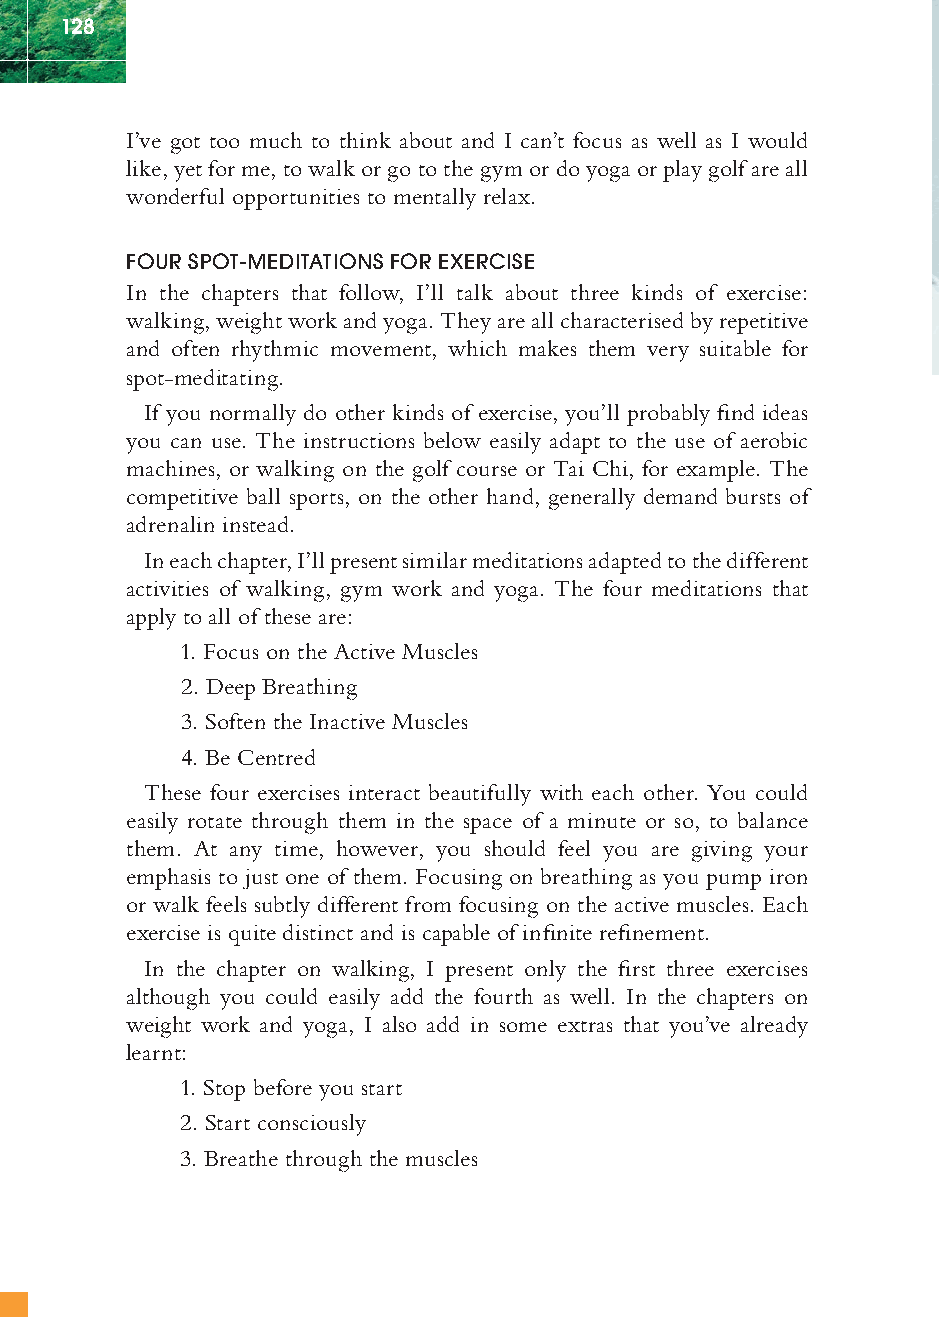
128
 I’ve got too much to think about and I can’t focus as well as I would
 like, yet for me, to walk or go to the gym or do yoga or play golf are all
 wonderful opportunities to mentally relax.
 FOUR SPOT-MEDITATIONS FOR EXERCISE
 In the chapters that follow, I’ll talk about three kinds of exercise:
 walking, weight work and yoga. They are all characterised by repetitive
 and often rhythmic movement, which makes them very suitable for
 spot-meditating.
 If you normally do other kinds of exercise, you’ll probably fi nd ideas
 you can use. The instructions below easily adapt to the use of aerobic
 machines, or walking on the golf course or Tai Chi, for example. The
 competitive ball sports, on the other hand, generally demand bursts of
 adrenalin instead.
 In each chapter, I’ll present similar meditations adapted to the different
 activities of walking, gym work and yoga. The four meditations that
 apply to all of these are:
 1. Focus on the Active Muscles
 2. Deep Breathing
 3. Soften the Inactive Muscles
 4. Be Centred
 These four exercises interact beautifully with each other. You could
 easily rotate through them in the space of a minute or so, to balance
 them. At any time, however, you should feel you are giving your
 emphasis to just one of them. Focusing on breathing as you pump iron
 or walk feels subtly different from focusing on the active muscles. Each
 exercise is quite distinct and is capable of infi nite refi nement.
 In the chapter on walking, I present only the fi rst three exercises
 although you could easily add the fourth as well. In the chapters on
 weight work and yoga, I also add in some extras that you’ve already
 learnt:
 1. Stop before you start
 2. Start consciously
 3. Breathe through the muscles
 ffiivvee__220000667788..iinndddd SSeecc11::113322   3300//55//0055 55::0055::3388 PPMM